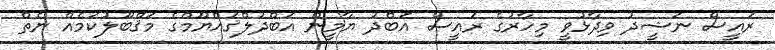
ރައީސް ނަޝީދު ވިދާޅުވީ މިހާރުގެ ރައީސް އަބްދު ޔާމީން އަބްދުލްޤައްޔޫމްގެ މަޤްބޫލުކަމެއް ނެތް